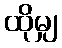
ထိုမျှ